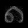
Digit: ၈